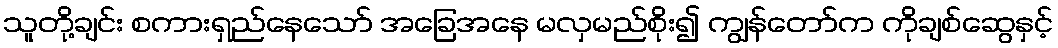
သူတို့ချင်း စကားရှည်နေသော် အခြေအနေ မလှမည်စိုး၍ ကျွန်တော်က ကိုချစ်ဆွေနှင့်